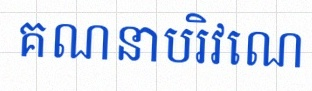
គណនាបរិវេណ